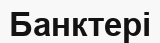
Банктері